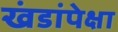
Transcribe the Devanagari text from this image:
खंडांपेक्षा